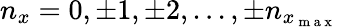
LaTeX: n_{x}=0,\pm 1,\pm 2,...,\pm n_{x_{\mathrm{~m~a~x~}}}